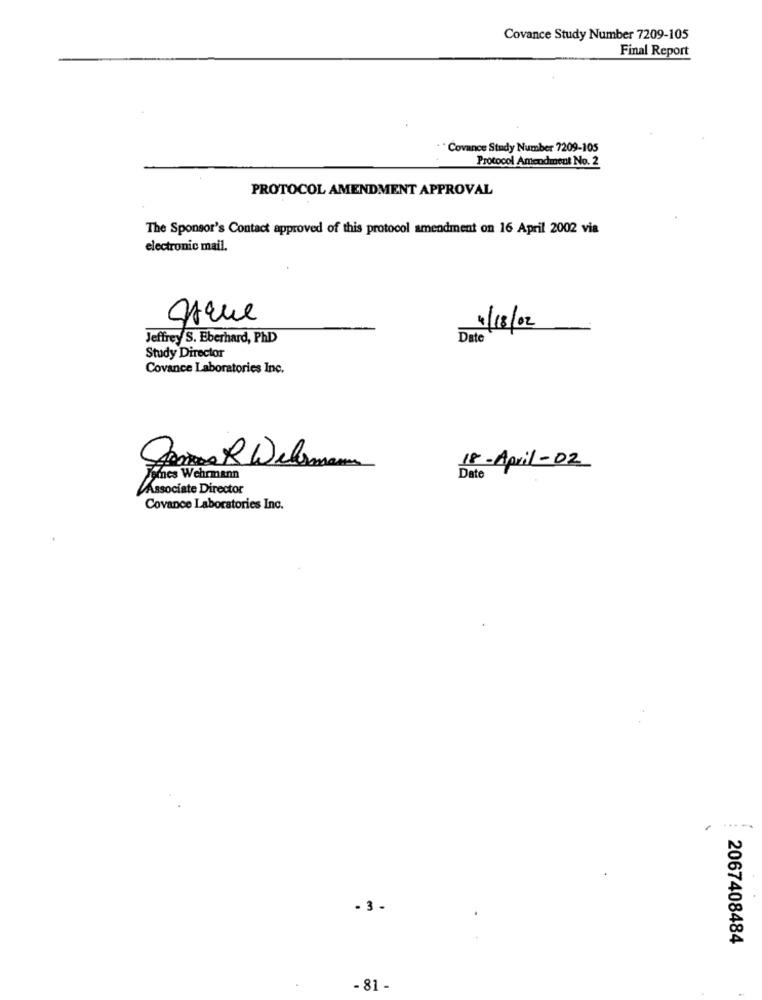
Covance Study Number 7209-105
Final Report
* Covance Study Number 7209-105
Protocol Amendment No. 2
PROTOCOL AMENDMENT APPROVAL
The Sponsor's Contact approved of this protocol amendment on 16 April 2002 via
electronic mail.
1/18/02
Jeffrey S. Eberhard, PhD
Date
Study Director
Covance Laboratories Inc.
JanneR Wellmann
18-April-02
Pomnes Wehrmann
Date
Associate Director
Covance Laboratories Inc.
- 3 .
2067408484
- 81 -